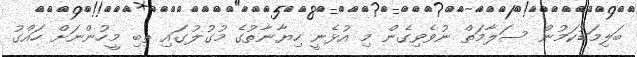
ބަލިމަޑުކަމުން ސަލާމަތް ނުވެވިގެން މި އުޅެނީ ހިޔާނާތުގެ މުގުލުގައި ތިބި މީހުންނަށް ހައްގު